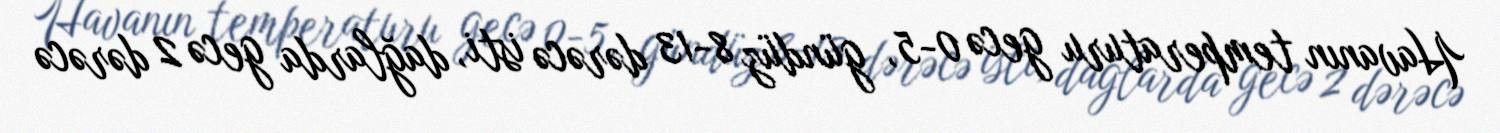
Havanın temperaturu gecə 0-5, gündüz 8-13 dərəcə isti, dağlarda gecə 2 dərəcə